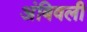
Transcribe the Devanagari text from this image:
अंबिवली